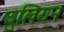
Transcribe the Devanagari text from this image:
धुलियन